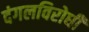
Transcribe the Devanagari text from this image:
दंगलविरोधी